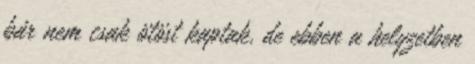
bár nem csak ötöst kaptak, de ebben a helyzetben